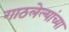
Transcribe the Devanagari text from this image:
गाठलेल्यांच्या